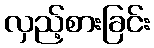
လှည့်စားခြင်း